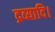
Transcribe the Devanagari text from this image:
द्रव्यादि।